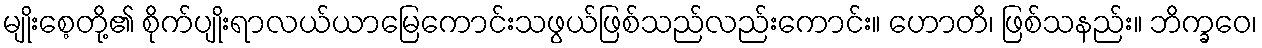
မျိုးစေ့တို့၏ စိုက်ပျိုးရာလယ်ယာမြေကောင်းသဖွယ်ဖြစ်သည်လည်းကောင်း။ ဟောတိ၊ ဖြစ်သနည်း။ ဘိက္ခဝေ၊